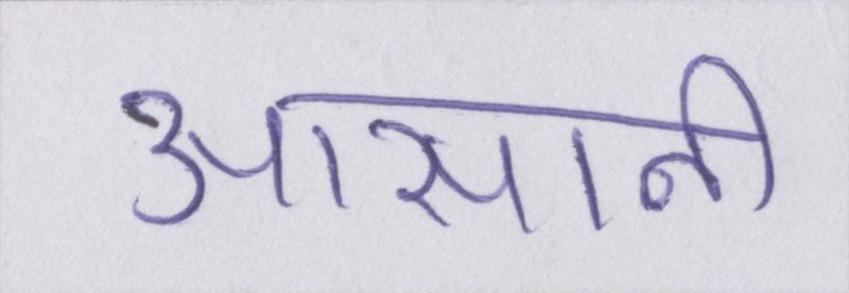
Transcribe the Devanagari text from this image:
आसानी